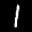
Label: 1